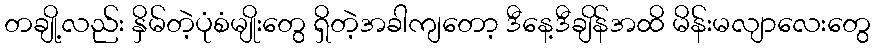
တချို့လည်း နှိမ်တဲ့ပုံစံမျိုးတွေ ရှိတဲ့အခါကျတော့ ဒီနေ့ဒီချိန်အထိ မိန်းမလျာလေးတွေ